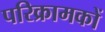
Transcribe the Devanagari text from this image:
परिक्रामकों